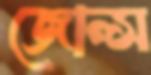
জোন্স